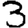
Digit: 3